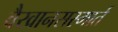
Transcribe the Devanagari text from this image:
वैखानसस्मार्त